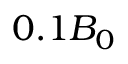
0 . 1 B _ { 0 }